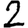
Digit: 2